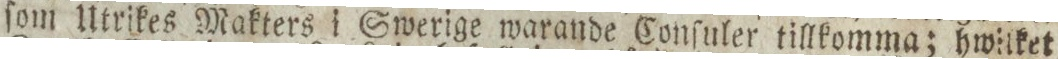
ſom Utrikes Makters i Swerige warande Conſuler tillkomma; hwilket